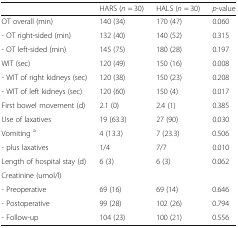
|  | HARS (n = 30) | HALS (n = 30) | p-value |
 | --- | --- | --- | --- |
 | OT overall (min) | 140 (34) | 170 (47) | 0.060 |
 | - OT right-sided (min) | 132 (40) | 140 (52) | 0.315 |
 | - OT left-sided (min) | 145 (75) | 180 (28) | 0.197 |
 | WIT (sec) | 120 (49) | 150 (16) | 0.008 |
 | - WIT of right kidneys (sec) | 120 (38) | 150 (23) | 0.208 |
 | - WIT of left kidneys (sec) | 120 (60) | 150 (4) | 0.017 |
 | First bowel movement (d) | 2.1 (0) | 2.4 (1) | 0.385 |
 | Use of laxatives | 19 (63.3) | 27 (90) | 0.030 |
 | Vomiting a | 4 (13.3) | 7 (23.3) | 0.506 |
 | - plus laxatives | 1/4 | 7/7 | 0.010 |
 | Length of hospital stay (d) | 6 (3) | 6 (3) | 0.062 |
 | Creatinine (umol/l) |  |  |  |
 | - Preoperative | 69 (16) | 69 (14) | 0.646 |
 | - Postoperative | 99 (28) | 102 (26) | 0.794 |
 | - Follow-up | 104 (23) | 100 (21) | 0.556 |